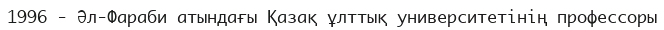
1996 - Әл-Фараби атындағы Қазақ ұлттық университетінің профессоры